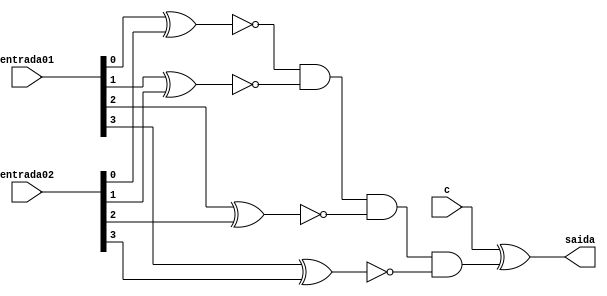
// ---------------------------------------
// Exemplo0036 - Selecionvel
// Nome: Joo Henrique Mendes de Oliveira
// ---------------------------------------
// -------------------------
// sel_gate
// -------------------------

module sel (output saida, input [3:0] entrada01, input [3:0] entrada02,input c);
	
	wire [3:0] saida_XNOR;
	wire saida_and;
	
	//---XNOR
	xnor XNOR1 (saida_XNOR[0], entrada01[0], entrada02[0]);
	xnor XNOR2 (saida_XNOR[1], entrada01[1], entrada02[1]);
	xnor XNOR3 (saida_XNOR[2], entrada01[2], entrada02[2]);
	xnor XNOR4 (saida_XNOR[3], entrada01[3], entrada02[3]);
	//---AND	
	and AND1 (saida_and, saida_XNOR[0], saida_XNOR[1], saida_XNOR[2], saida_XNOR[3]);
	//---XOR	
	xor XOR5 (saida, c, saida_and);
endmodule //--sel

// ------------------------- 
// -- test sel
// -------------------------
module test_sel; 

	reg [3:0] x; 
	reg [3:0] y; 
	reg c;
	wire z; 
	sel modulo (z, x, y, c); 
	 
	initial begin:main
		$display("Exemplo0036 - Joo Henrique - 392734");
		$display("Test LU's module"); 
		x = 4'b0011; y = 4'b0101; c = 0;
		#1 $monitor("%3b %3b Option: %1b = %3b", x, y, c, z); 
		#1 c = 1;
		#1 x = 4'b1010; y = 4'b1101; c = 0;
		#1 x = 4'b1010; y = 4'b1101; c = 1;
		#1 x = 4'b1111; y = 4'b1111; c = 0;
		#1 x = 4'b1111; y = 4'b1111; c = 1;
		#1 x = 4'b0000; y = 4'b1000; c = 0;
		#1 x = 4'b0010; y = 4'b0001; c = 1;
		#1 x = 4'b1010; y = 4'b0101; c = 0;
		#1 x = 4'b1010; y = 4'b0101; c = 1;
	end //--main
endmodule //--test_sel